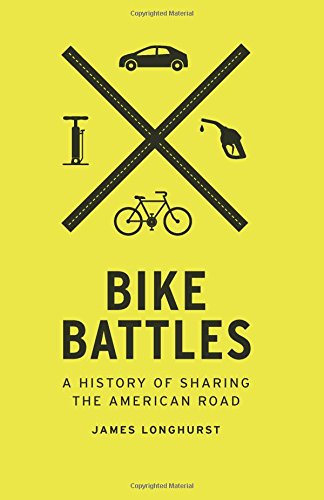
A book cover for Bike Battles: A History of Sharing the American Road; James Longhurst; Politics & Social Sciences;